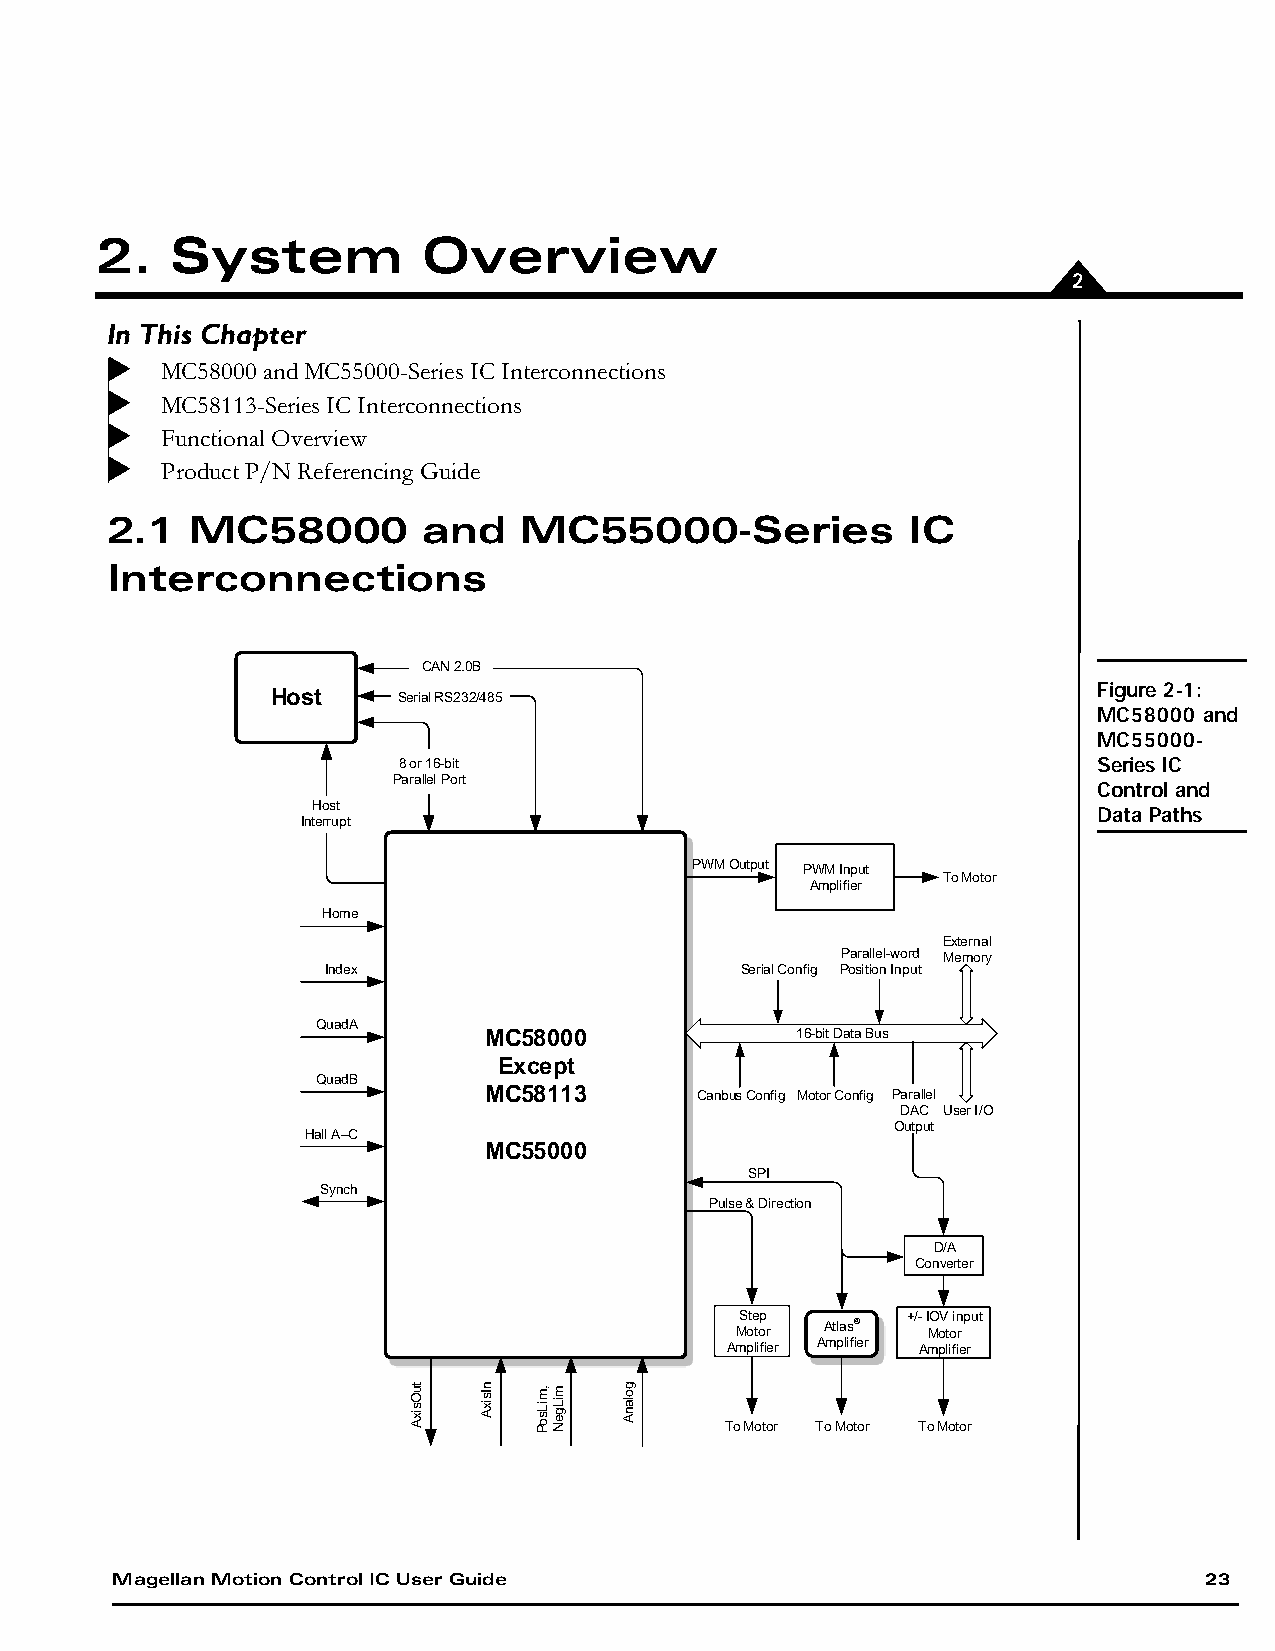
2.   System           Overview
 2
 In This Chapter
 MC58000 and MC55000-Series IC Interconnections
 MC58113-Series IC Interconnections
 Functional Overview
 Product P/N Referencing Guide
 2.1   MC58000        and   MC55000-Series            IC
 Interconnections
 CAN 2.0B
 Host    Serial RS232/485                               Figure 2-1:
 MC58000 and
 MC55000-
 8 or 16-bit                                    Series IC
 Parallel Port
 Control and
 Host                                                Data Paths
 Interrupt
 PWM Output PWM Input
 To Motor
 Amplifier
 Home
 External
 Parallel-word Memory
 Index                      Serial Config Position Input
 QuadA
 MC58000              16-bit Data Bus
 Except
 QuadB
 MC58113       Canbus Config Motor Config Parallel
 DAC User I/O
 Hall A–C                               Output
 MC55000
 SPI
 Synch
 Pulse & Direction
 D/A
 Converter
 Step       +/- IOV input
 Motor
 Atlas®
 Motor
 Amplifier Amplifier Amplifier
 To Motor To Motor To Motor
 Magellan Motion Control IC User Guide                                    23
 tuOsixA nIsixA ,miLsoP miLgeN golanA